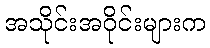
အသိုင်းအဝိုင်းများက